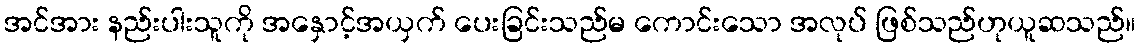
အင်အား နည်းပါးသူကို အနှောင့်အယှက် ပေးခြင်းသည်မ ကောင်းသော အလုပ် ဖြစ်သည်ဟုယူဆသည်။